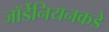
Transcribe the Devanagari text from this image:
जॉर्डेनियनकडे